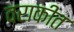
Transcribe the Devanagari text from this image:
वराकीत